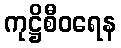
ကုဋ္ဌိစီဝရေန